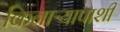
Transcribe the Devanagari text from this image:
किनाऱ्यापाशी